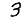
Digit: 3